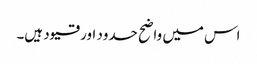
اس میں واضح حدود اور قیود ہیں۔